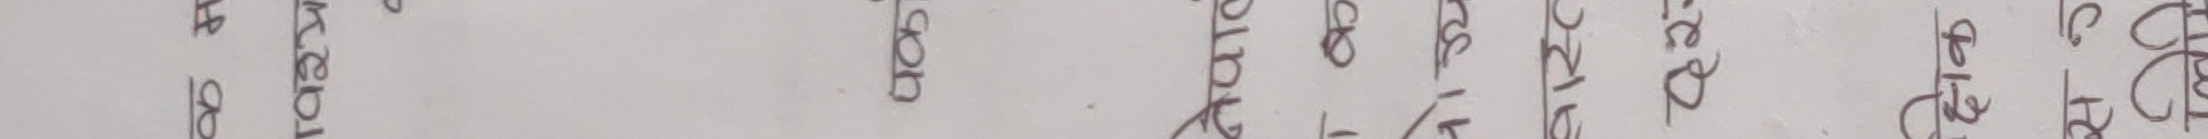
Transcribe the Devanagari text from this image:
कव्य कोटी प्रारम्भिक परीक्षा विषय बोर्ड कक्षा